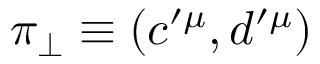
\pi _ { \perp } \equiv ( c ^ { \prime \mu } , d ^ { \prime \mu } )